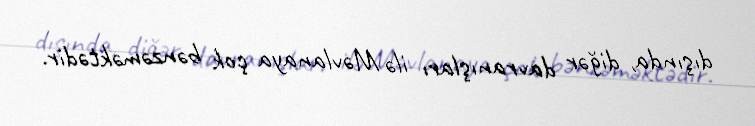
dışında, diğər davranışları ilə Məvlanaya çok bənzəməktədir.